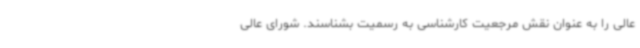
عالی را به عنوان نقش مرجعیت کارشناسی به رسمیت بشناسند. شورای عالی